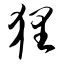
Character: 狸